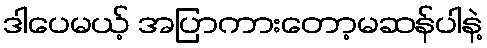
ဒါပေမယ့် အပြာကားတော့မဆန်ပါနဲ့